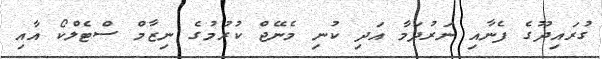
ގުރައިދޫގެ ފެނާއި ނަރުދަމާ އަދި ކުނި މެނޭޖް ކުރުމުގެ ނިޒާމް ސްޓެލްކޯ އާއި